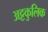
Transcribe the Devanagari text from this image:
अट्टकुलिक